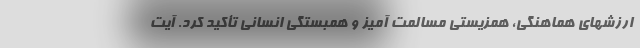
ارزشهای هماهنگی، همزیستی مسالمت آمیز و همبستگی انسانی تأکید کرد. آیت